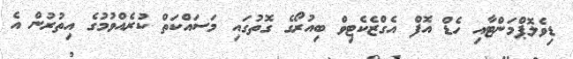
ޑިވެލޮޕްމަންޓާއި ހެޑް އޮފް އެގްޒެކެޓިވް ބިއުރޯގެ ގޮތުގައި މަސައްކަތް ކުރެއްވުމުގެ އިތުރުން އެ